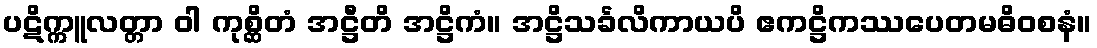
ပဋိက္ကူလတ္တာ ဝါ ကုစ္ဆိတံ အဋ္ဌီတိ အဋ္ဌိကံ။ အဋ္ဌိသင်္ခလိကာယပိ ဧကဋ္ဌိကဿပေတမဓိဝစနံ။